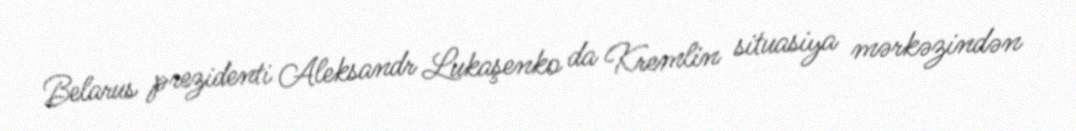
Belarus prezidenti Aleksandr Lukaşenko da Kremlin situasiya mərkəzindən